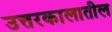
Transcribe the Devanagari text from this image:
उत्तरकालातील